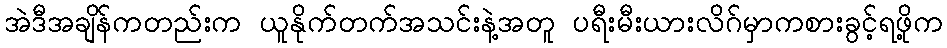
အဲဒီအချိန်ကတည်းက ယူနိုက်တက်အသင်းနဲ့အတူ ပရီးမီးယားလိဂ်မှာကစားခွင့်ရဖို့က